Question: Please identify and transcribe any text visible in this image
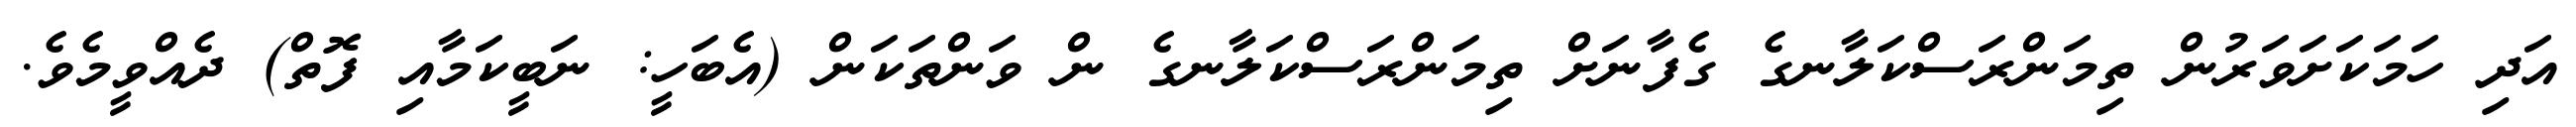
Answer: އަދި ހަމަކަށަވަރުން ތިމަންރަސްކަލާނގެ ގެފާނަށް ތިމަންރަސްކަލާނގެ ން ވަންތަކަން (އެބަހީ: ނަބީކަމާއި ފޮތް) ދެއްވީމެވެ.